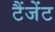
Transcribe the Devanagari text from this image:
टैंजेंट